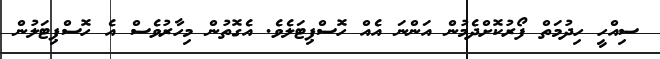
ސިއްހީ ހިދުމަތް ފޯރުކޮށްދެމުން އަންނަ އެއް ހޮސްޕިޓަލެވެ. އެގޮތުން މިހާރުވެސް އެ ހޮސްޕިޓަލުން